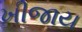
ખીજાય